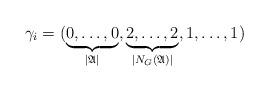
LaTeX: \begin{align*}\gamma_i=(\underbrace{0,\ldots,0}_{|\mathfrak{A}|},\underbrace{2,\ldots,2}_{|N_G(\mathfrak{A})|},{1,\ldots,1})\end{align*}